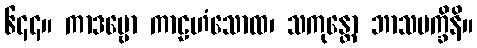
၆၄၄။ ကာဒမ္ဗော ကာဠဟံသောထ၊ သကုန္တော ဘာသပက္ခိနိ။